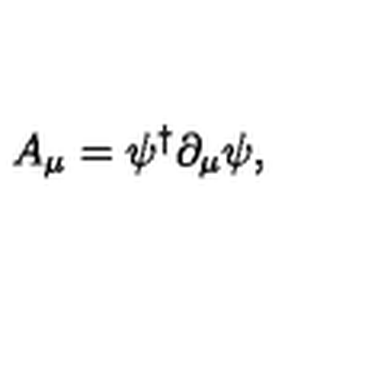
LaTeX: A _ { \mu } = \psi ^ { \dagger } \partial _ { \mu } \psi ,